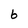
Character: 6